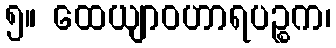
၅။ ထေယျာဝဟာရပဉ္စက၊